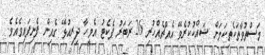
މަސްތުވާތަކެތިކަމަށް ޝައްކުކުރެވޭ އެއްޗެއްްހުރި 26 ރަބަރު ޕެކެޓު އެމީީހާ ދިރިއުޅޭ ގެއިން ފެނިފައިވެއެވެ.